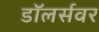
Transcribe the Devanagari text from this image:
डॉलर्सवर